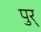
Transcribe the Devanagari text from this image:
पुर्